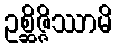
ဥစ္ဆိဇ္ဇိဿာမိ